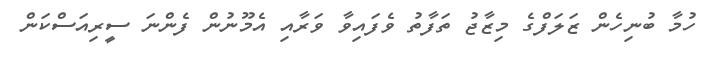
ހުމާ ބުނިހެން ޒަލަފްގެ މިޒާޖު ތަފާތު ވެފައިވާ ވަރާއި އެމޫނުން ފެންނަ ސީރިއަސްކަން